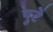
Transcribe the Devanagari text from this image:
पुटे